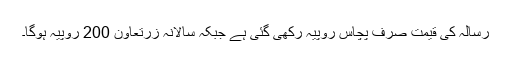
رسالہ کی قیمت صرف پچاس روپیہ رکھی گئی ہے جبکہ سالانہ زرتعاون 200 روپیہ ہوگا۔